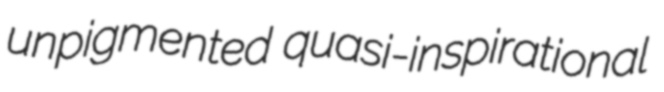
unpigmented quasi-inspirational